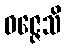
ဝဇ္ဇေသိ